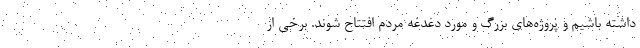
داشته باشیم و پروژه‌های بزرگ و مورد دغدغه مردم افتتاح شوند. برخی از